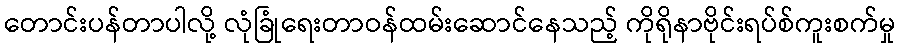
တောင်းပန်တာပါလို့ လုံခြုံရေးတာဝန်ထမ်းဆောင်နေသည့် ကိုရိုနာဗိုင်းရပ်စ်ကူးစက်မှု